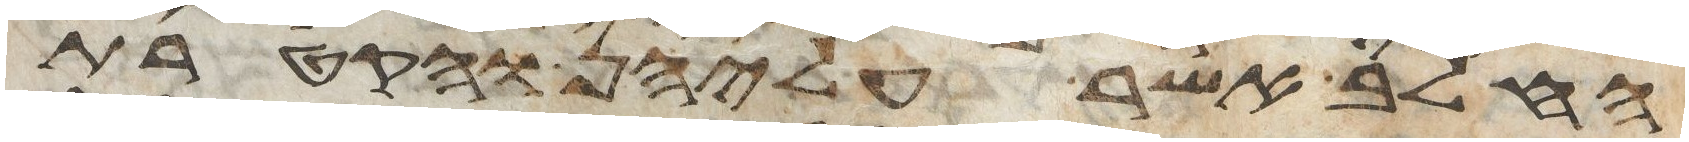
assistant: החלב אשר עליהן והקטרת